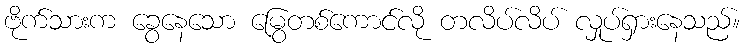
ဗိုက်သားက ခွေနေသော မြွေတစ်ကောင်လို တလိပ်လိပ် လှုပ်ရှားနေသည်။